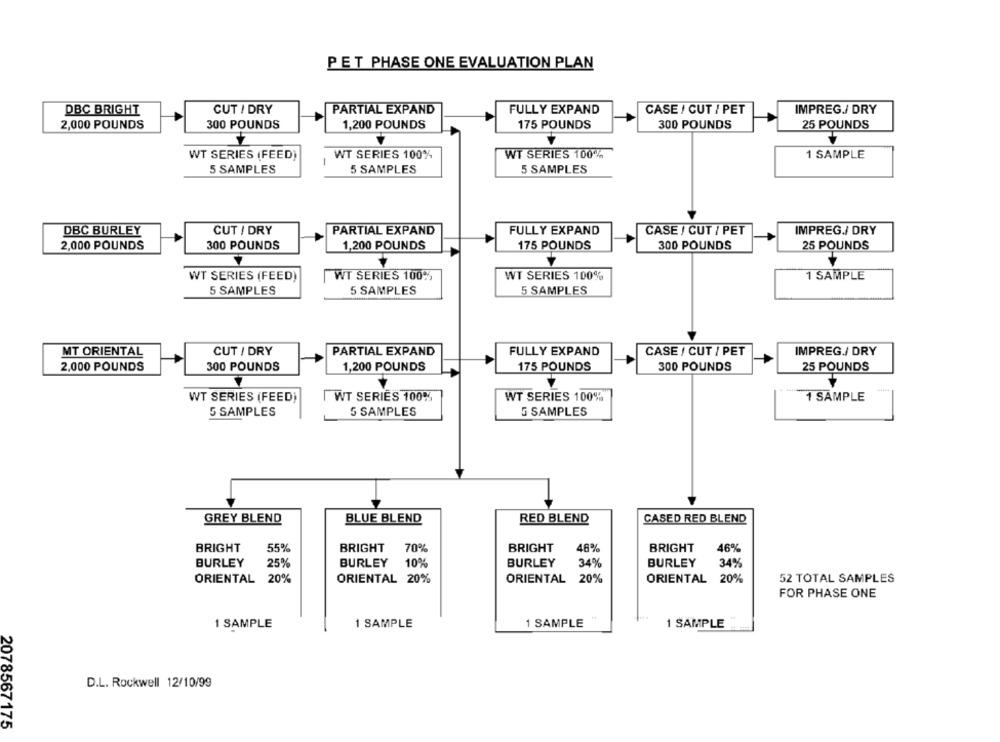
PET PHASE ONE EVALUATION PLAN
DBC BRIGHT
CUT / DRY
PARTIAL EXPAND
FULLY EXPAND
CASE / CUT / PET
IMPREG./ DRY
2,000 POUNDS
300 POUNDS
1,200 POUNDS
175 POUNDS
300 POUNDS
25 POUNDS
WT SERIES (FEED)
WT SERIES 100%
WT SERIES 100%
1 SAMPLE
5 SAMPLES
5 SAMPLES
5 SAMPLES
DBC BURLEY
CUT / DRY
PARTIAL EXPAND
FULLY EXPAND
CASE / CUT / PET
IMPREG./ DRY
2,000 POUNDS
300 POUNDS
1,200 POUNDS
175 POUNDS
300 POUNDS
25 POUNDS
WT SERIES (FEED)
WT SERIES 100%
WT SERIES 100%
1 SAMPLE
5 SAMPLES
5 SAMPLES
5 SAMPLES
MT ORIENTAL
CUT / DRY
PARTIAL EXPAND
FULLY EXPAND
CASE / CUT / PET
IMPREG./ DRY
2,000 POUNDS
300 POUNDS
1,200 POUNDS
175 POUNDS
300 POUNDS
25 POUNDS
WT SERIES (FEED)
WT SERIES 100%
WT SERIES 100%
1 SAMPLE
5 SAMPLES
5 SAMPLES
G SAMPLES
GREY BLEND
BLUE BLEND
RED BLEND
CASED RED BLEND
BRIGHT
55%
BRIGHT
70%
BRIGHT
46%
BRIGHT
46%
BURLEY
25%
BURLEY
10%
BURLEY
34%
BURLEY
34%
ORIENTAL
20%
ORIENTAL 20%
52 TOTAL SAMPLES
ORIENTAL 20%
ORIENTAL 20%
FOR PHASE ONE
1 SAMPLE
1 SAMPLE
1 SAMPLE
1 SAMPLE
D.L. Rockwell 12/10/99
2078567175